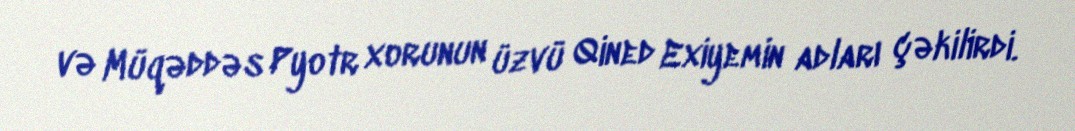
və Müqəddəs Pyotr xorunun üzvü Qined Exiyemin adları çəkilirdi.